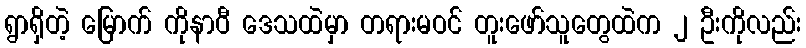
ရွာရှိတဲ့ မြောက် ကိုနာဝီ ဒေသထဲမှာ တရားမဝင် တူးဖော်သူတွေထဲက ၂ ဦးကိုလည်း